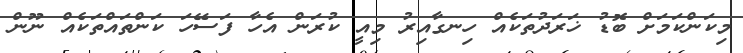
މިކަންކަމަށް ބޮޑު ޚަރަދުތަކެއް ހިނގާއިރު މިއީ ކުރަން އެހާ ފަސޭހަ ކަންތައްތަކެއް ނޫން